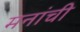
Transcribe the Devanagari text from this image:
मनांची